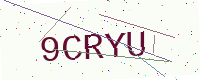
Text: 9CRYU